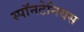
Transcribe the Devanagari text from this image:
स्पॉनटेनियस